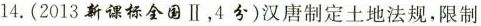
14.(2013新课标全国Ⅱ，4分)汉唐制定土地法规，限制